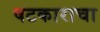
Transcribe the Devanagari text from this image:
षटकाराचा